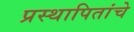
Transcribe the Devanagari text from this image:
प्रस्थापितांचे